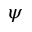
\psi